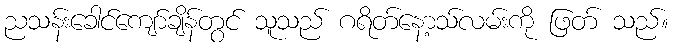
ညသန်းခေါင်ကျော်ချိန်တွင် သူသည် ဂရိတ်နော့သ်လမ်းကို ဖြတ် သည်။